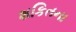
શકિતના